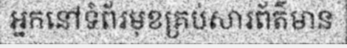
អ្នកនៅទំព័រមុខគ្រប់សារព័ត៌មាន